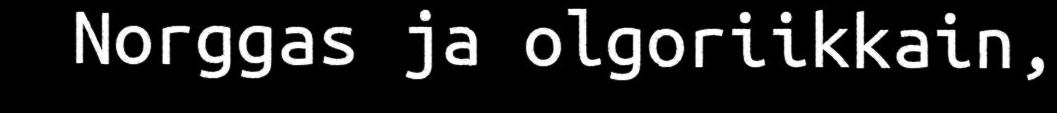
Norggas ja olgoriikkain,